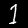
Digit: 1